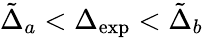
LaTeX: \tilde{\Delta}_{a}<\Delta_{\mathrm{exp}}<\tilde{\Delta}_{b}